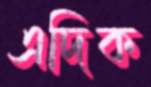
এদিক